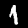
Label: 1